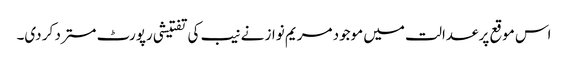
اس موقع پر عدالت میں موجود مریم نواز نے نیب کی تفتیشی رپورٹ مسترد کر دی۔